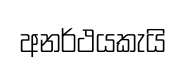
අනර්ථයකැයි